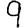
Digit: 9